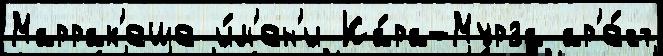
Маррак'еше и́м'ен'и Ка́ра-Мурза ар'е́ст